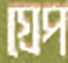
গ্রেপ